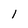
Character: 1